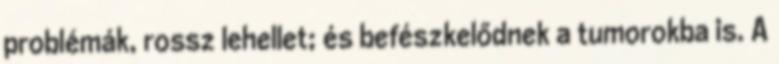
problémák, rossz lehellet; és befészkelődnek a tumorokba is. A